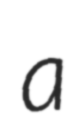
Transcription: a